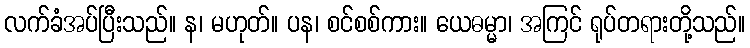
လက်ခံအပ်ပြီးသည်။ န၊ မဟုတ်။ ပန၊ စင်စစ်ကား။ ယေဓမ္မာ၊ အကြင် ရုပ်တရားတို့သည်။